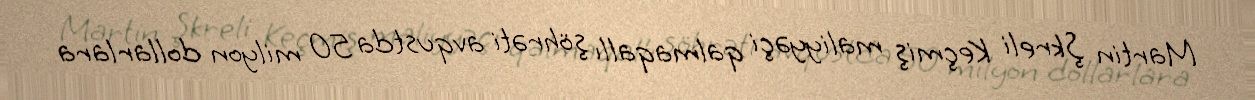
Martin Şkreli Keçmiş maliyyəçi qalmaqallı şöhrəti avqustda 50 milyon dollarlara